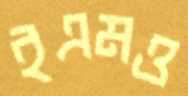
ইএমও